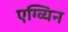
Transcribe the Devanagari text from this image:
एग्व्यिन